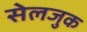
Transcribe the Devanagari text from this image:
सेलजुक